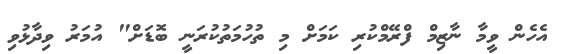
އެހެން ވީމާ ނާޒިމް ފްރޭމްކުރި ކަމަށް މި ތުހުމަތުކުރަނީ ބޮޑަށް" އުމަރު ވިދާޅުވި